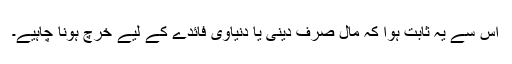
اس سے یہ ثابت ہوا کہ مال صرف دینی یا دنیاوی فائدے کے لیے خرچ ہونا چاہیے۔